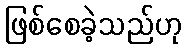
ဖြစ်စေခဲ့သည်ဟု